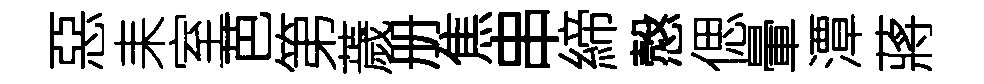
惡耒室芭第薉册焦串締慤偲暈潭蔣